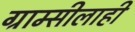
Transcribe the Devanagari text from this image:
ग्राम्सीलाही